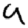
Digit: 9